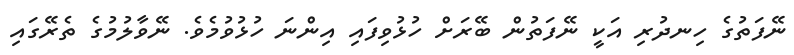
ނޭފަތުގެ ހިނދުރި އަކީ ނޭފަތުން ބޭރަށް ހުޅުވިފައި އިންނަ ހުޅުވުމެވެ. ނޭވާލުމުގެ ތެރޭގައި